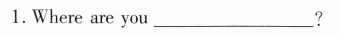
1.Where are you___?